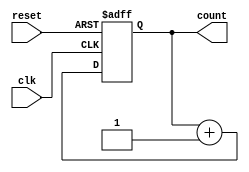
module async_counter #(parameter N = 4) (
    input wire clk,          // Clock input
    input wire reset,        // Asynchronous reset
    output reg [N-1:0] count // N-bit counter output
);

// Always block for the counter logic
always @(posedge clk or posedge reset) begin
    if (reset) begin
        count <= 0; // Reset the counter to 0
    end else begin
        count <= count + 1; // Increment the counter
    end
end

endmodule